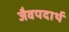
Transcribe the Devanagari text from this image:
जैवपदार्थ